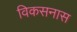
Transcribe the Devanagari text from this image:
विकसनास